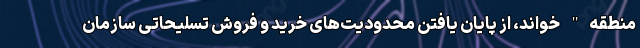
منطقه" خواند، از پایان یافتن محدودیت‌های خرید و فروش تسلیحاتی سازمان